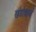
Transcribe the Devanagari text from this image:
खंडोबाचं